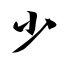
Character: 少